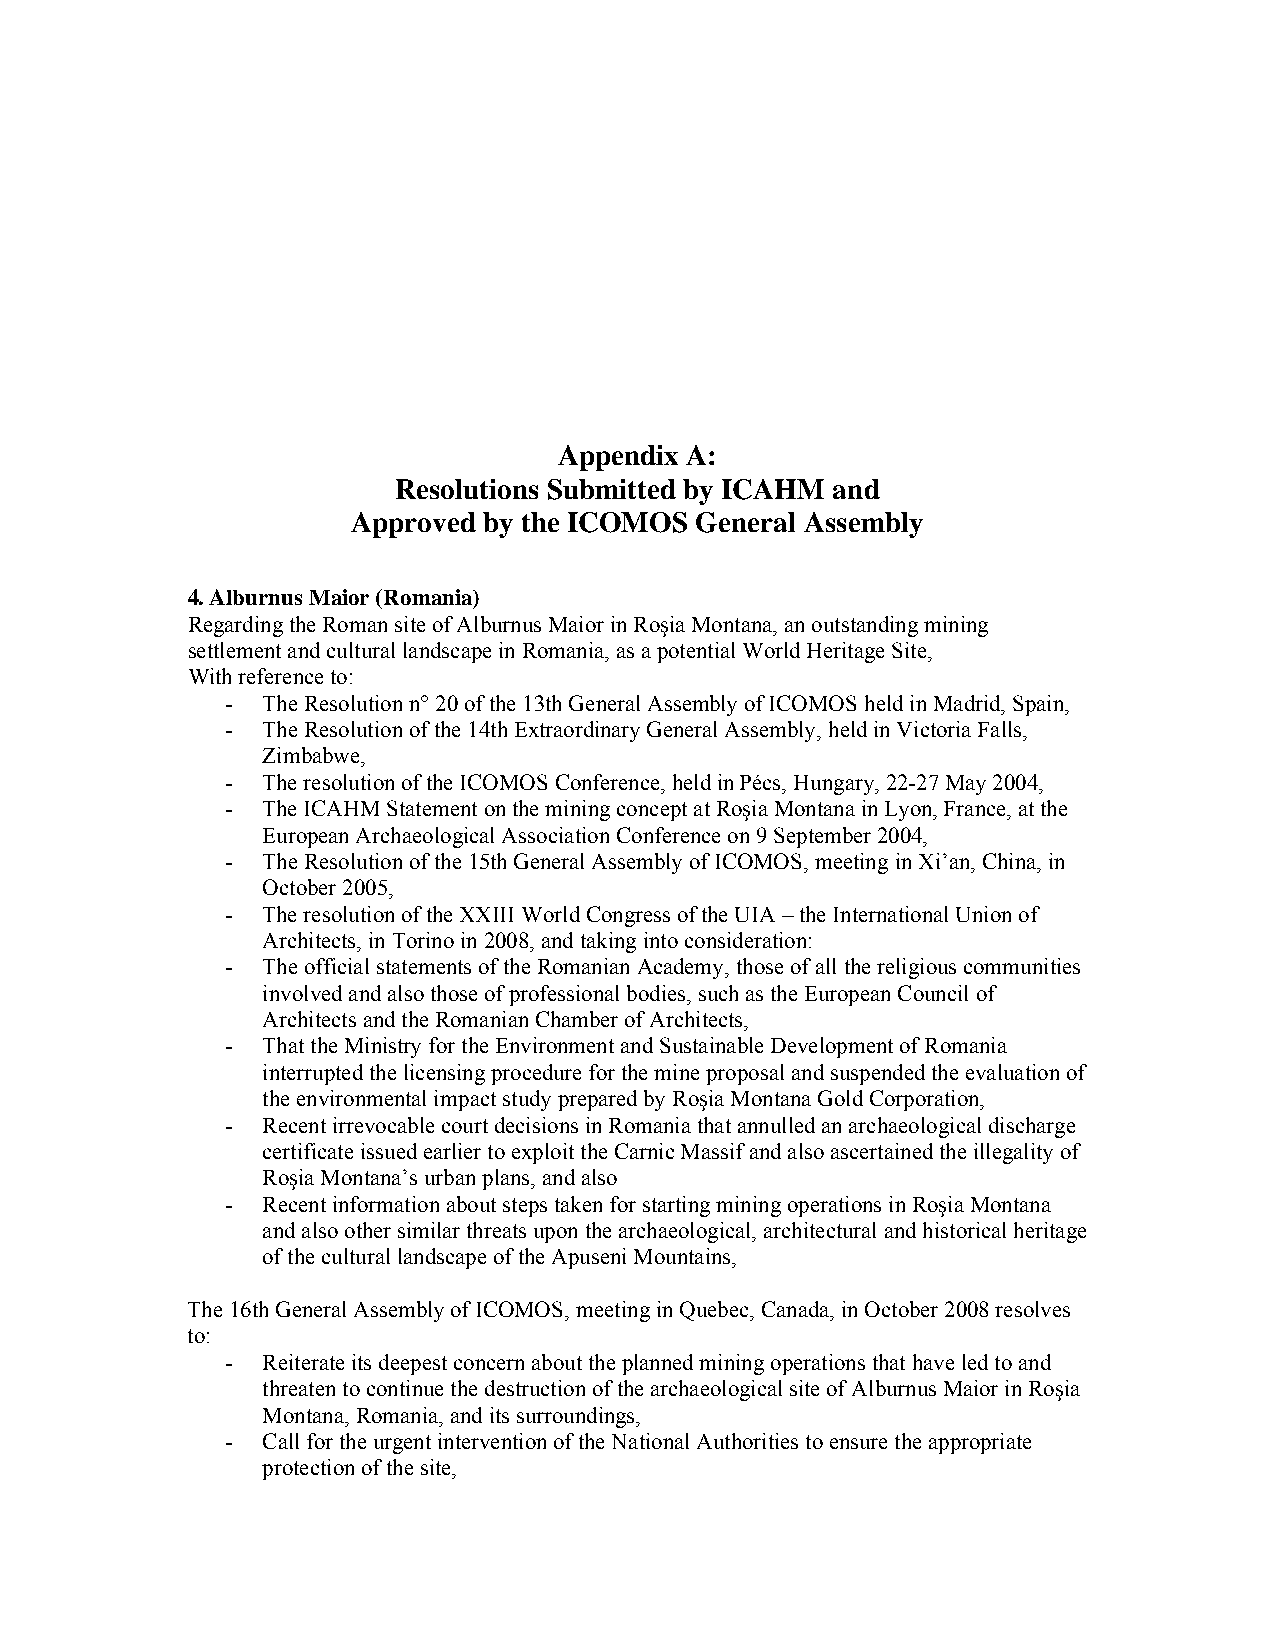
Appendix A:
 Resolutions Submitted by ICAHM and
 Approved by the ICOMOS General Assembly
 4. Alburnus Maior (Romania)
 Regarding the Roman site of Alburnus Maior in Roşia Montana, an outstanding mining
 settlement and cultural landscape in Romania, as a potential World Heritage Site,
 With reference to:
 - The Resolution n° 20 of the 13th General Assembly of ICOMOS held in Madrid, Spain,
 - The Resolution of the 14th Extraordinary General Assembly, held in Victoria Falls,
 Zimbabwe,
 - The resolution of the ICOMOS Conference, held in Pécs, Hungary, 22-27 May 2004,
 - The ICAHM Statement on the mining concept at Roşia Montana in Lyon, France, at the
 European Archaeological Association Conference on 9 September 2004,
 - The Resolution of the 15th General Assembly of ICOMOS, meeting in Xi’an, China, in
 October 2005,
 - The resolution of the XXIII World Congress of the UIA – the International Union of
 Architects, in Torino in 2008, and taking into consideration:
 - The official statements of the Romanian Academy, those of all the religious communities
 involved and also those of professional bodies, such as the European Council of
 Architects and the Romanian Chamber of Architects,
 - That the Ministry for the Environment and Sustainable Development of Romania
 interrupted the licensing procedure for the mine proposal and suspended the evaluation of
 the environmental impact study prepared by Roşia Montana Gold Corporation,
 - Recent irrevocable court decisions in Romania that annulled an archaeological discharge
 certificate issued earlier to exploit the Carnic Massif and also ascertained the illegality of
 Roşia Montana’s urban plans, and also
 - Recent information about steps taken for starting mining operations in Roşia Montana
 and also other similar threats upon the archaeological, architectural and historical heritage
 of the cultural landscape of the Apuseni Mountains,
 The 16th General Assembly of ICOMOS, meeting in Quebec, Canada, in October 2008 resolves
 to:
 - Reiterate its deepest concern about the planned mining operations that have led to and
 threaten to continue the destruction of the archaeological site of Alburnus Maior in Roşia
 Montana, Romania, and its surroundings,
 - Call for the urgent intervention of the National Authorities to ensure the appropriate
 protection of the site,